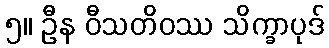
၅။ ဦန ဝီသတိဝဿ သိက္ခာပုဒ်